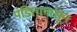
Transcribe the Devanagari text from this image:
पंडितापासून